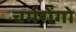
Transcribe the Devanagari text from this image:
चर्मरोंगो